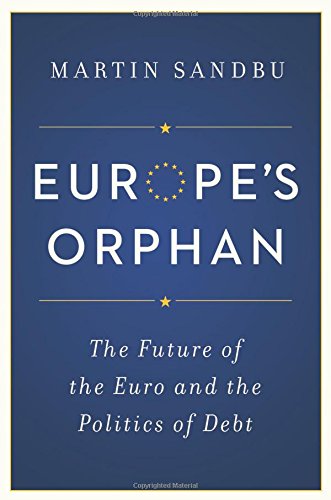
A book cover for Europe's Orphan: The Future of the Euro and the Politics of Debt; Martin Sandbu; Business & Money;